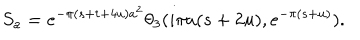
S _ { a } = e ^ { - \pi ( s + t + 4 u ) a ^ { 2 } } \theta _ { 3 } ( i \pi a ( s + 2 u ) , e ^ { - \pi ( s + u ) } ) .